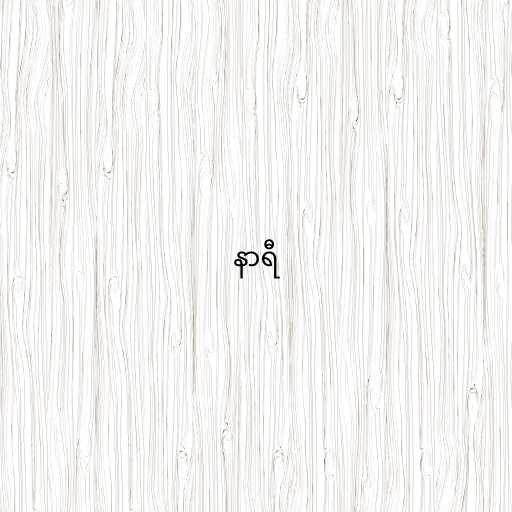
နာရီ